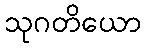
သုဂတိယော